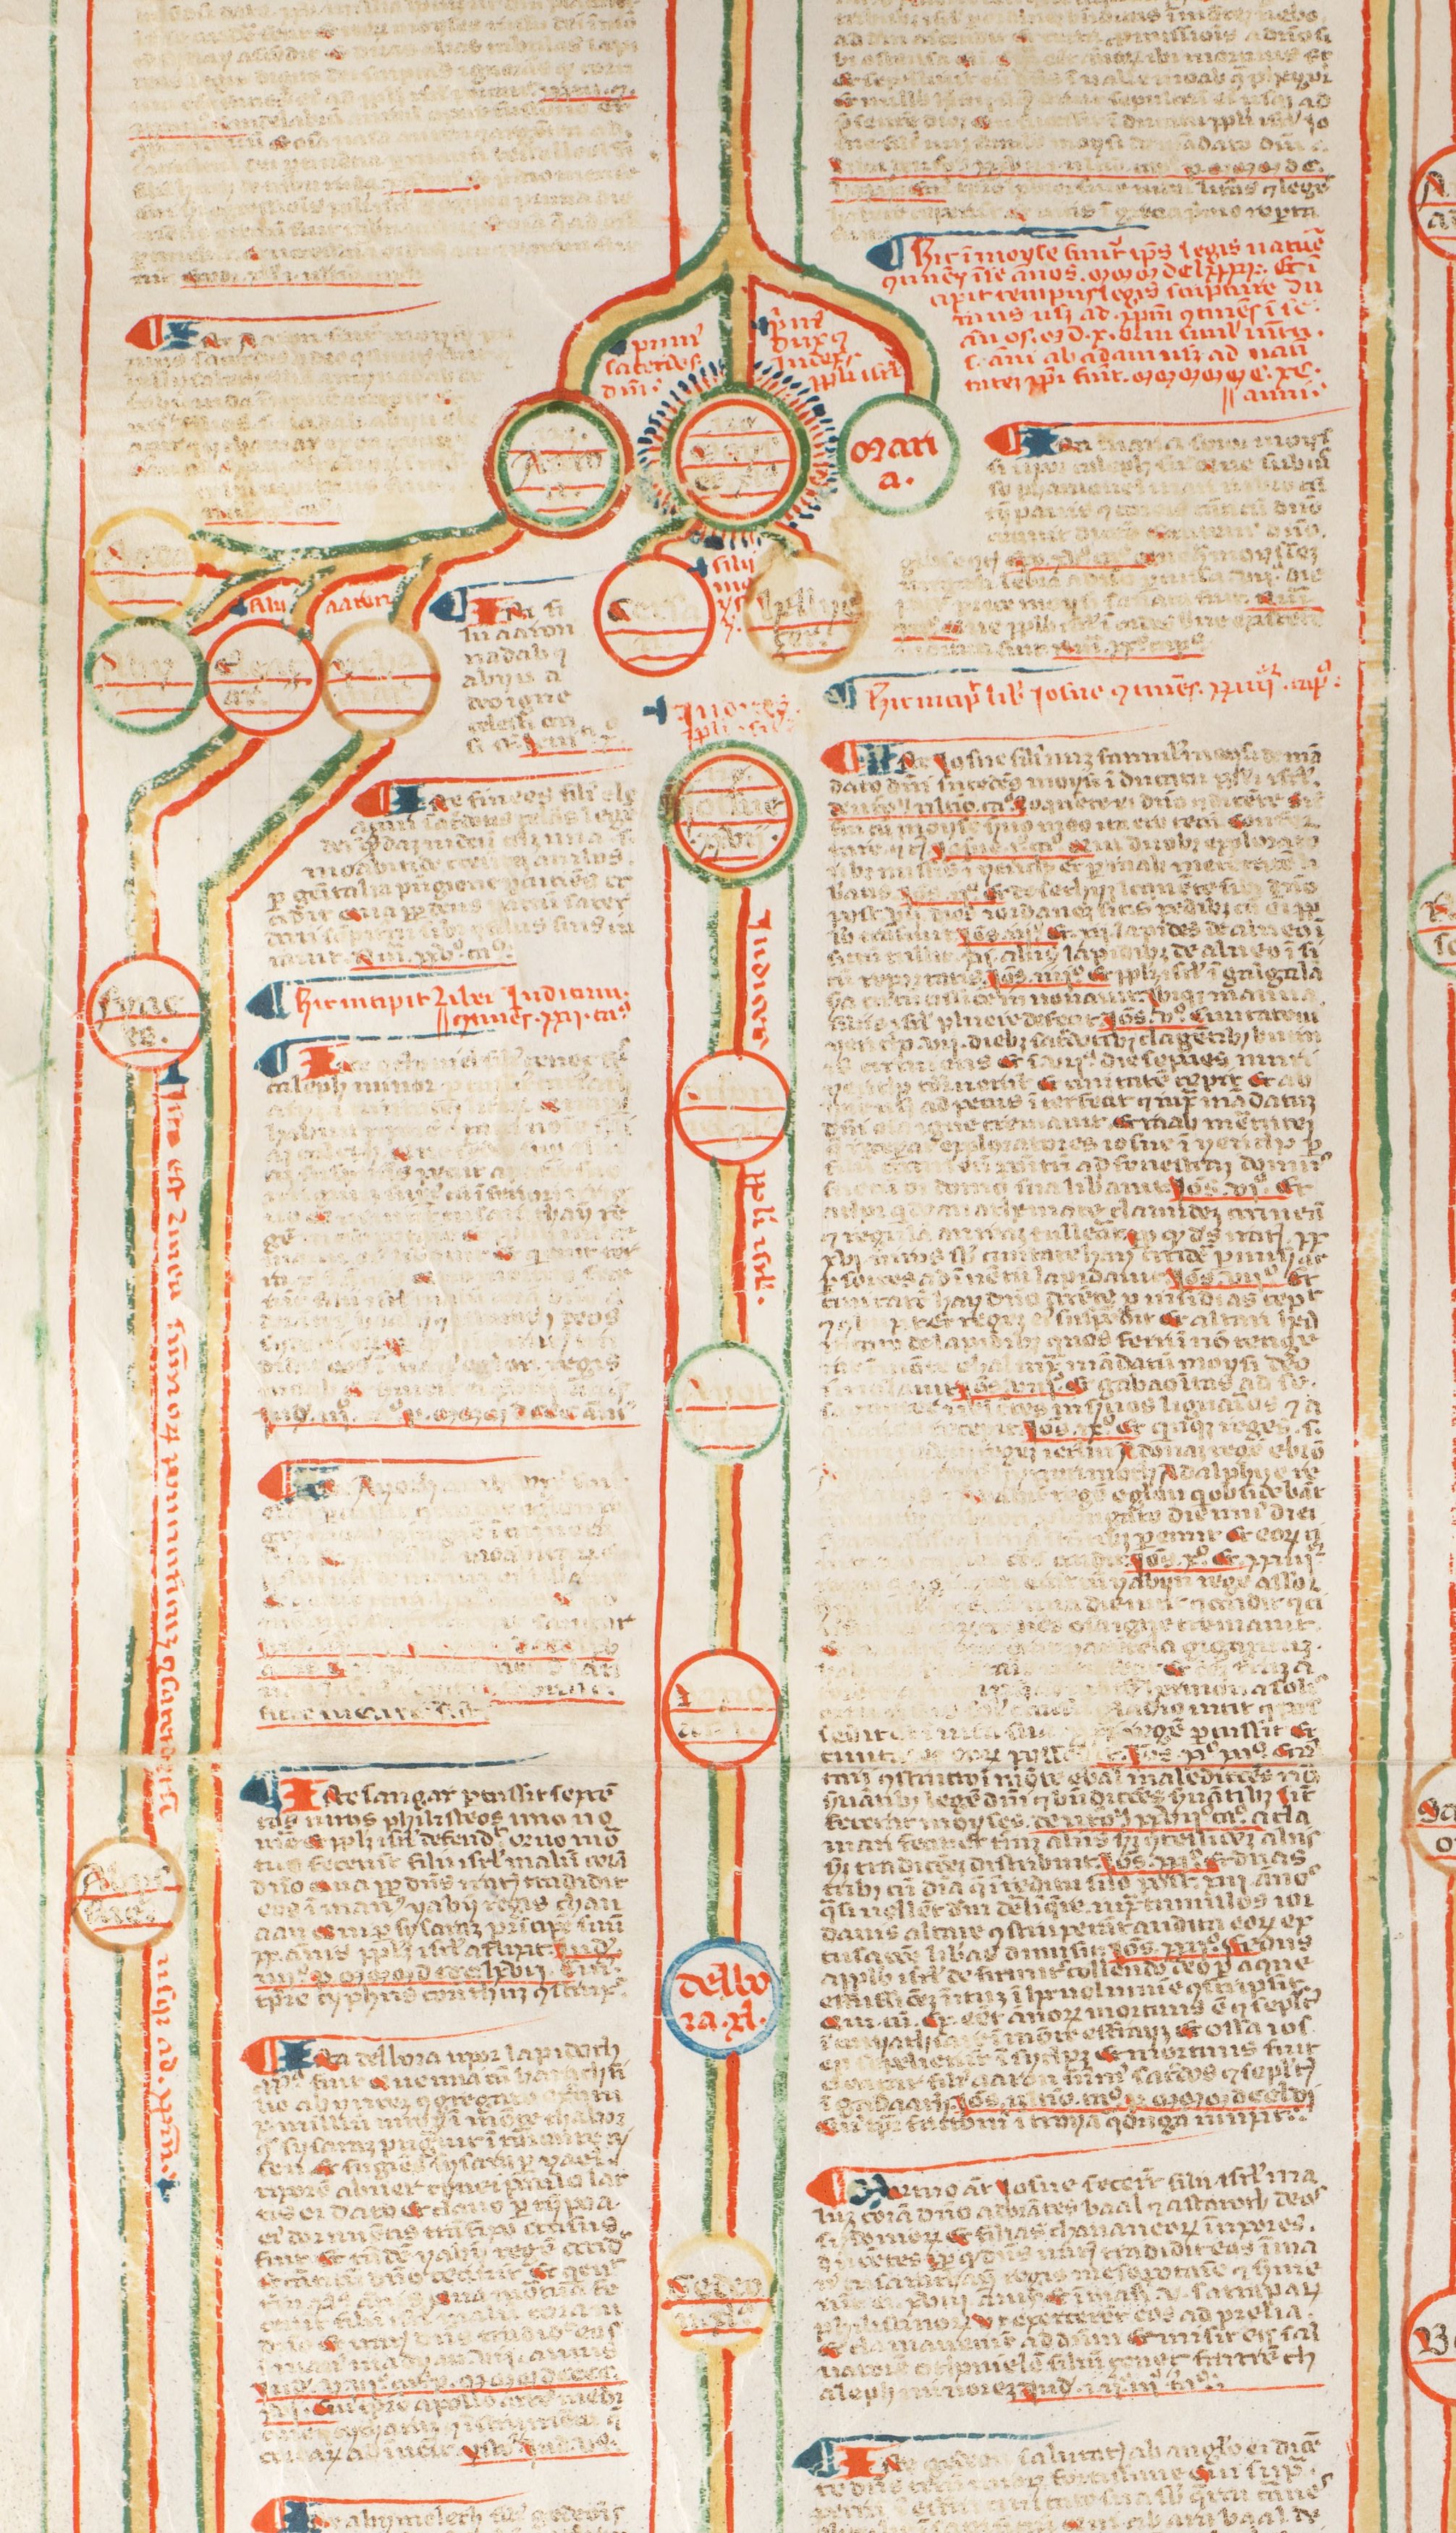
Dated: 1350–1399